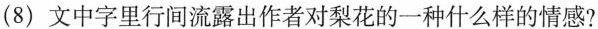
(8)文中字里行间流露出作者对梨花的一种什么样的情感?